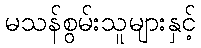
မသန်စွမ်းသူများနှင့်